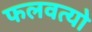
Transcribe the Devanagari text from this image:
फलवत्यो